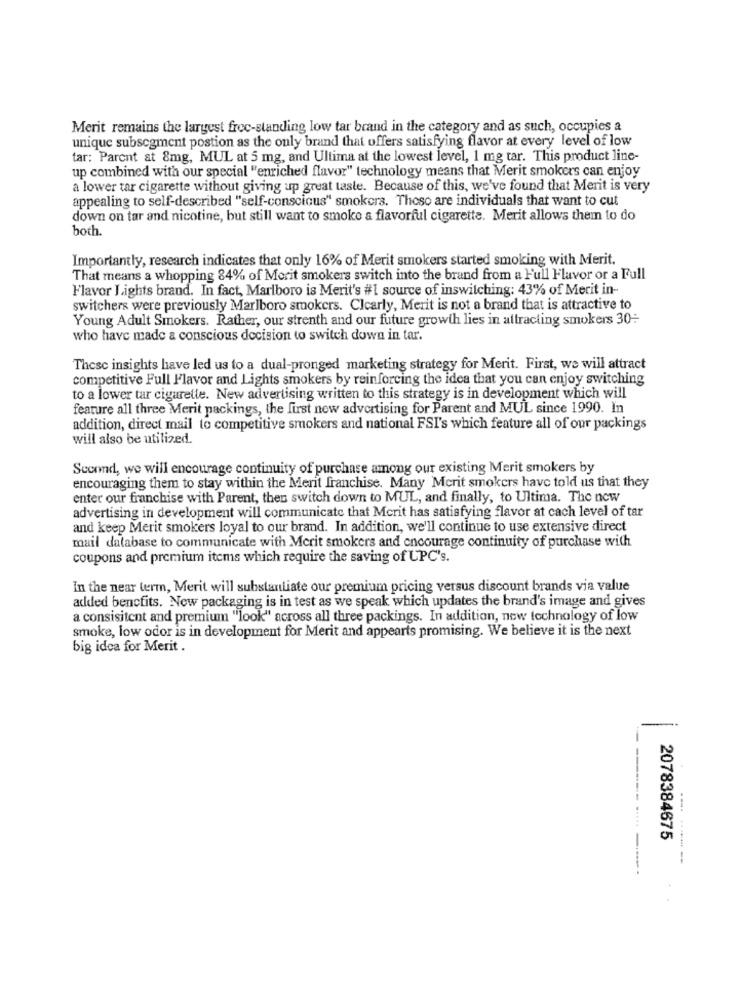
Merit remains the largest free-standing low tar brand in the category and as such, occupies a
unique subsegment postion as the only brand that offers satisfying flavor at every level of low
tar: Parent at 8mg, MUL at 5 mg, and Ultima at the lowest level, 1 mg tar. This product line-
up combined with our special "enriched flavor" technology means that Merit smokers can enjoy
a lower tar cigarette without giving up great taste. Because of this, we've found that Merit is very
appealing to self-described "self-conscious" smokers. These are individuals that want to cut
down on tar and nicotine, but still want to smoke a flavorful cigarette. Merit allows them to do
both.
Importantly, research indicates that only 16% of Merit smokers started smoking with Merit.
That means a whopping 84% of Morit smokers switch into the brand from a Full Flavor or a Full
Flavor Lights brand. In fact, Marlboro is Merit's #1 source of inswitching: 43% of Merit in-
switchers were previously Marlboro smokers. Clearly, Merit is not a brand that is attractive to
Young Adult Smokers. Rather, our strenth and our future growth lies in attracting smokers 30-
who have made a conscious decision to switch down in tar.
These insights have led us to a dual-pronged marketing strategy for Merit. First, we will attract
competitive Full Flavor and Lights smokers by reinforcing the idea that you can enjoy switching
to a lower tar cigarette. New advertising written to this strategy is in development which will
feature all three Merit packings, the first now advertising for Parent and MUL since 1990. In
addition, direct mail to competitive smokers and national FSI's which feature all of our packings
will also be utilized.
Sconnd, we will encourage continuity of purchase among our existing Merit smokers by
encouraging them to stay within the Merit franchise. Many Mcrit smokers have told us that they
enter our franchise with Parent, then switch down to MUL, and finally, to Ultima. The new
advertising in development will communicate that Mcrit has satisfying flavor at cach level of tar
and keep Merit smokers loyal to our brand. In addition, we'll continue to use extensive direct
mail database to communicate with Merit smokers and encourage continuity of purchase with
coupons and premium items which require the saving of UPC's.
In the near term, Merit will substantiate our premium pricing versus discount brands via value
added benefits. New packaging is in test as we speak which updates the brand's image and gives
a consisitent and premium "look" across all three packings. In addition, new technology of low
smoke, low odor is in development for Merit and appearts promising. We believe it is the next
big idea for Merit .
2078384675